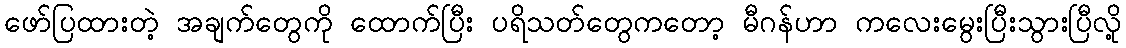
ဖော်ပြထားတဲ့ အချက်တွေကို ထောက်ပြီး ပရိသတ်တွေကတော့ မီဂန်ဟာ ကလေးမွေးပြီးသွားပြီလို့